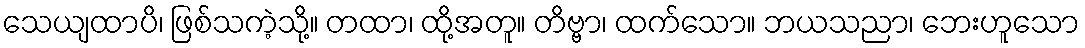
သေယျထာပိ၊ ဖြစ်သကဲ့သို့။ တထာ၊ ထို့အတူ။ တိဗ္ဗာ၊ ထက်သော။ ဘယသညာ၊ ဘေးဟူသော